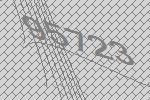
95723